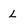
Character: L